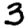
Digit: 3